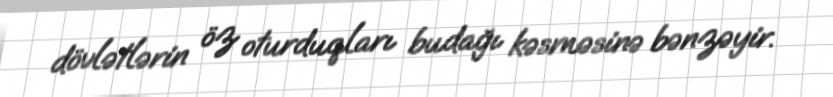
dövlətlərin öz oturduqları budağı kəsməsinə bənzəyir.